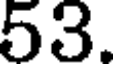
53.